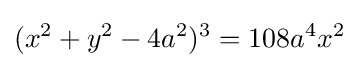
(x^{2}+y^{2}-4a^{2})^{3}=108a^{4}x^{2}